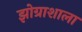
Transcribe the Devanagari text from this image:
झोग्राशाला